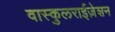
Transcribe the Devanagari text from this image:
वास्कुलराईज़ेशन